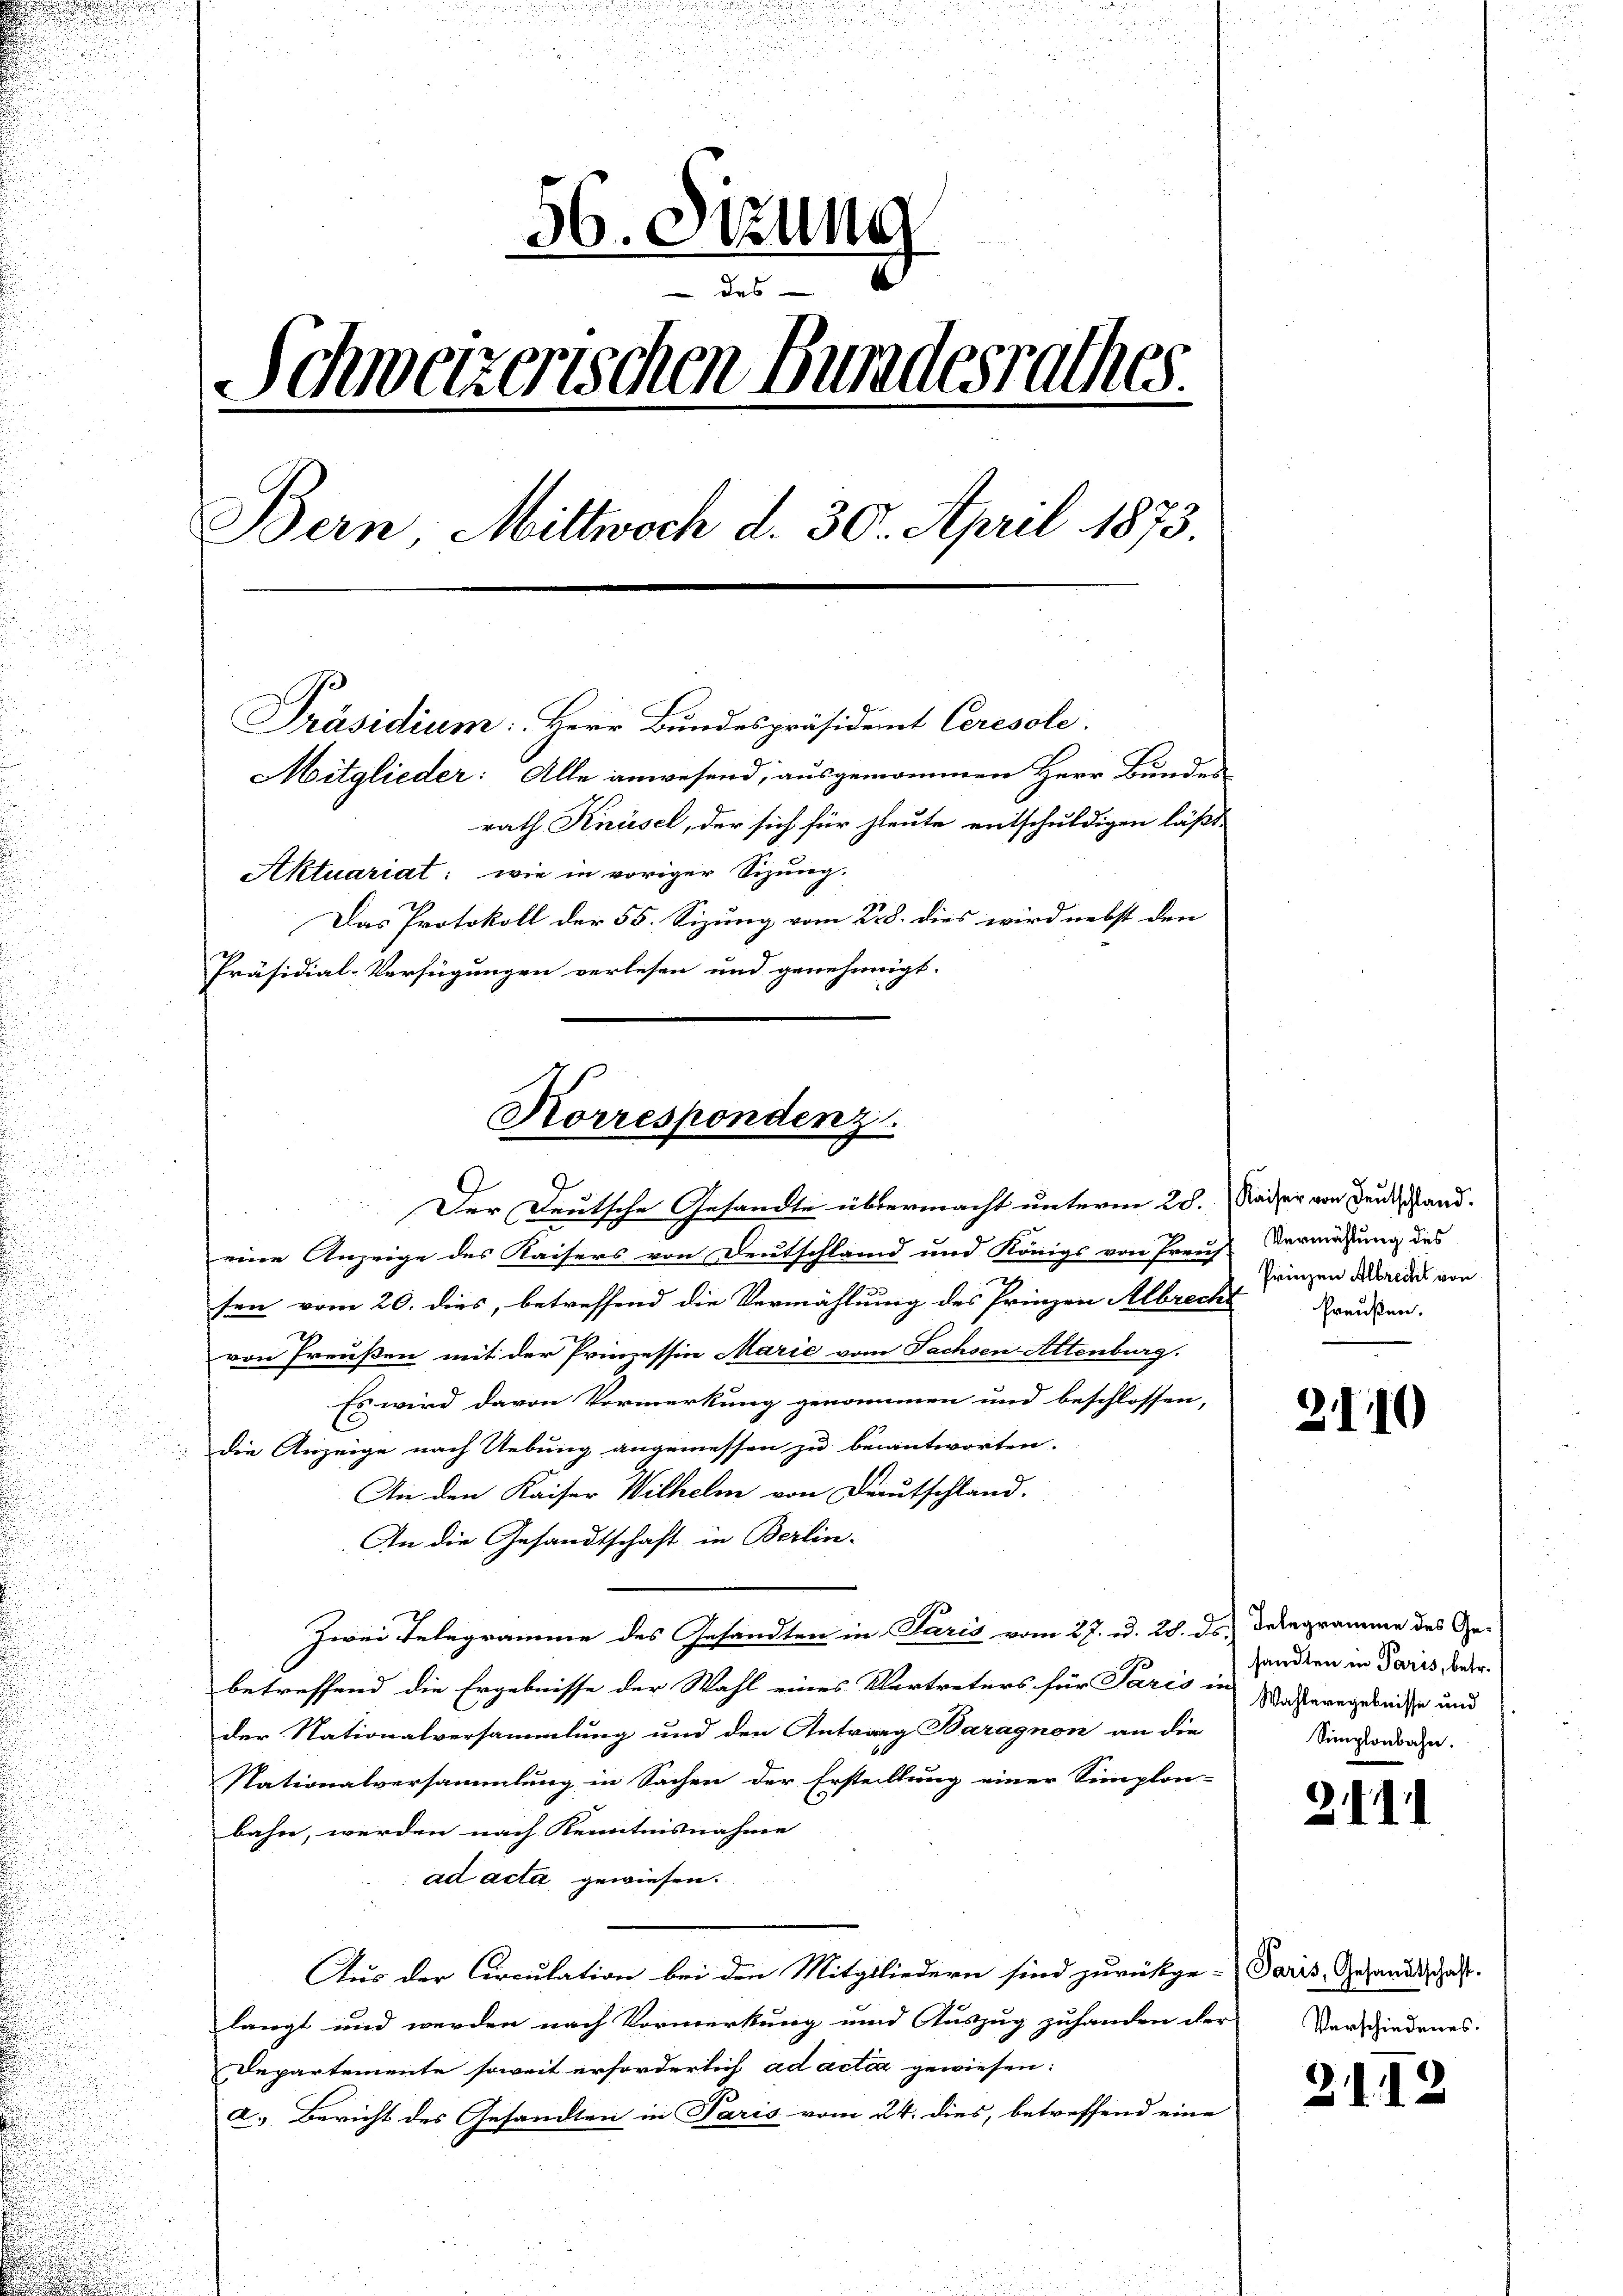
i
u
36. Sitzung
des
Schweizerischen Bundesrathes.
Bern, Mittwoch d. 30. April 1873.
e
Präsidium: Herr Bundespräsident Ceresole.
Mitglieder: Alle anwesend, ausgenommen Herr Bundes
rath Knüsel, der sich für heute entschuldigen läßt,
Aktuariat: wie in voriger Sizung.
Das Protokoll der 55. Sizung vom 28. dies wird nebst den
Präsidial-Verfügungen verlesen und genehmigt.

Korrespondenz
Der Deutsche Gesandte übermacht unterm 28. Kaiser von Denkstand.

eine Anzeige des Kaisers von Deutschland und Königs von Freus-
sen vom 20. dies, betreffend die Vermählung des Prinzen Albrecht Frauen.
E
von Preußen mit der Prinzessin Marie vom Sachsen-Attenburg.
Es wird davon Vormerkung genommen und beschlossen,
die Anzeige nach Uebung angemessen zu beantworten.
An den Kaiser Wilhelm von Deutschland.
An die Gesandtschaft in Berlin-
Zwei Telegramme des Gesandten in Paris vom 27. d. 28. ds. Delegramme des Ge-
betreffend die Ergebnisse der Wahl eines Vertreters für Paris in Wasseregeleiche und
der Nationalversammlung und den Antrag Baragnon an die
Nationalversammlung in Sachen der Erstellung einer Simplon-
bahn, werden nach Kenntnisnahme
ad acta gewiesen.
Aus der Circulation bei den Mitgliedern sind zurückge-Paris, Gesandtschaft.
langt und werden nach Vormerkung und Auszug zuhanden der
Departemente soweit erforderlich ad acter gewiesen:
a.) Bericht des Gesandten in Paris vom 24. dies, betreffend eine

Vermählung des
Prinzen Albrecht von

2.

110

sandten in Paris, betr.
Simplonbahn.

2.III

Verschiedenes.

2112